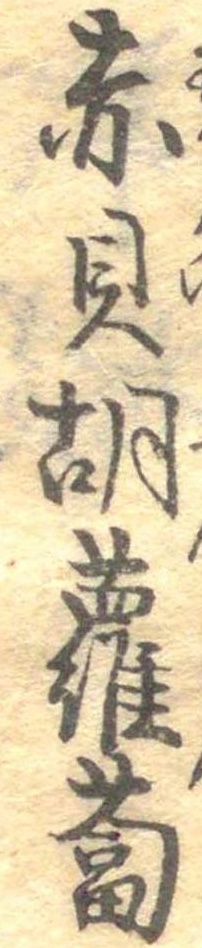
赤貝胡蘿蔔